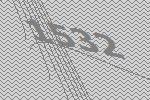
1532